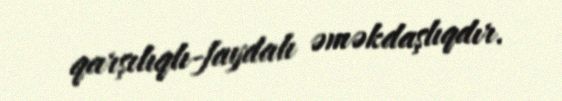
qarşılıqlı-faydalı əməkdaşlıqdır.